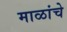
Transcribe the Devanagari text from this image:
माळांचे